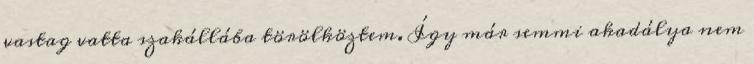
vastag vatta szakállába törölköztem. Így már semmi akadálya nem